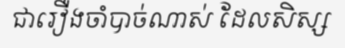
ជារឿងចាំបាច់ណាស់ ដែលសិស្ស